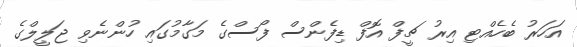
އަހަރު ބެހެއްޓި އިރު ޗީފް އޮފް ޑިފެންސް ފޯސްގެ މަގާމުގައި ހުންނެވި ޖަލީލްގެ